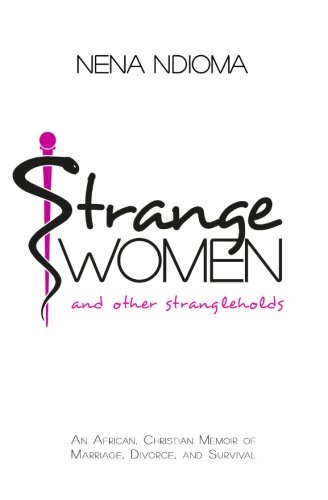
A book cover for Strange Women and Other Strangleholds: An African, Christian Memoir of Marriage, Divorce, and Survival; Nena Ndioma; Parenting & Relationships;